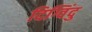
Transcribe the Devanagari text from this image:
दिग्विंदु